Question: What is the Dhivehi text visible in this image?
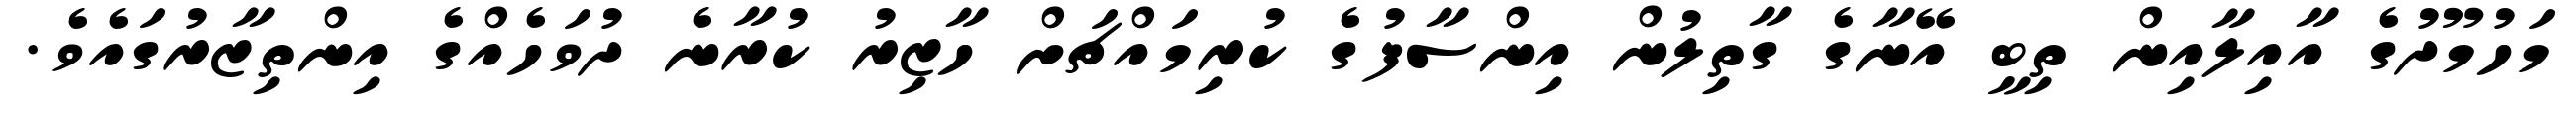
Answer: މަހުމޫދުގެ އާއިލާއިން ތިބީ އޭނާގެ ގާތިލުން އިންސާފުގެ ކުރިމައްޗަށް ހާޒިރު ކުރާނެ ދުވަހެއްގެ އިންތިޒާރުގައެވެ.